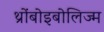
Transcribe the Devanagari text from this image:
थ्रोंबोइबोलिज्म